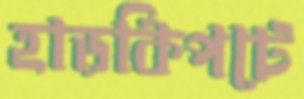
হাড়কিপটে